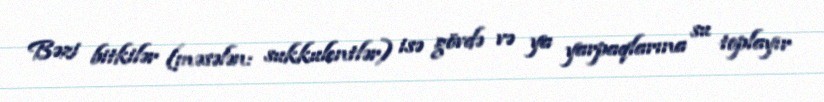
Bəzi bitkilər (məsələn: sukkulentlər) isə gövdə və ya yarpaqlarına su toplayır